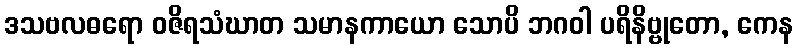
ဒသဗလဓရော ဝဇိရသံဃာတ သမာနကာယော သောပိ ဘဂဝါ ပရိနိဗ္ဗုတော, ကေန